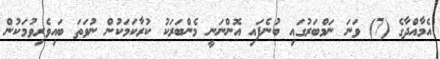
އެމާއްދާގެ (7) ވަނަ ނަމްބަރުގައި ބުނެފައި އޮންނަނީ މެންބަރަކު ކުރާކަމަކުން ނުވަތަ ބައިވެރިވުމަކުން